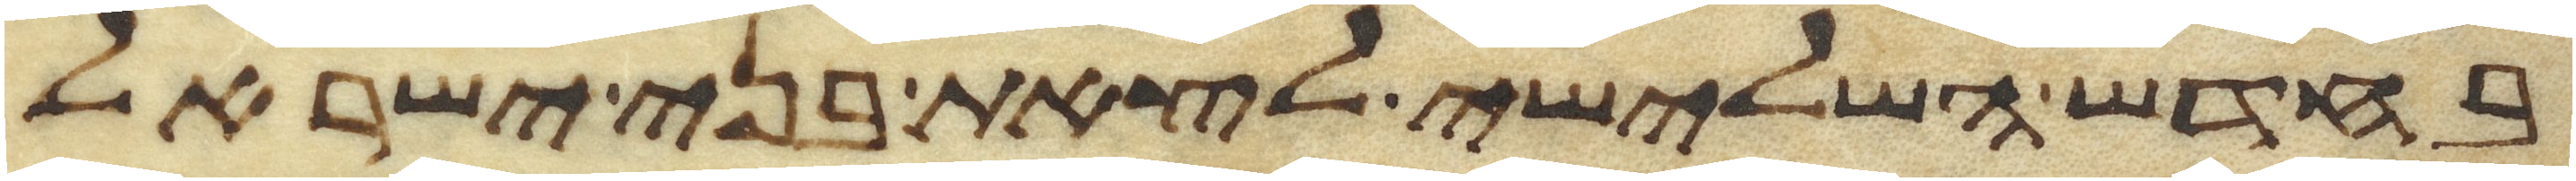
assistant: בחדש השלישי לצאת בני ישראל